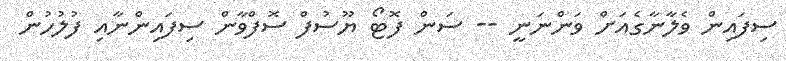
ސިފައިން ވެލާނާގެއަށް ވަންނަނީ -- ސަން ފޮޓޯ ޔޫސުފް ސޮފްވާން ސިފައިންނާއި ފުލުހުން